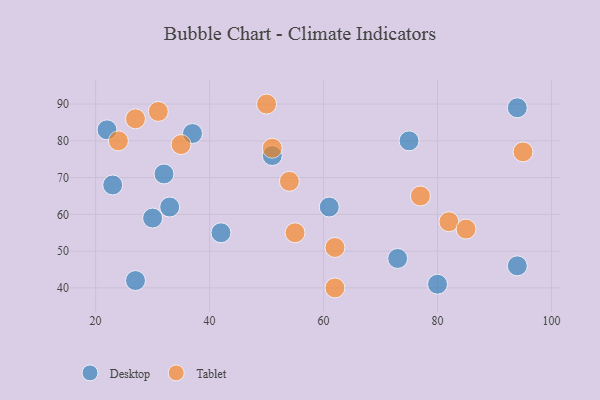
{"axis": {"x": "GDP", "y": "Life Expectancy"}, "legend": ["Desktop", "Tablet"], "data": [{"x": "80", "y": 41, "type": "Desktop"}, {"x": "94", "y": 89, "type": "Desktop"}, {"x": "30", "y": 59, "type": "Desktop"}, {"x": "22", "y": 83, "type": "Desktop"}, {"x": "61", "y": 62, "type": "Desktop"}, {"x": "94", "y": 46, "type": "Desktop"}, {"x": "33", "y": 62, "type": "Desktop"}, {"x": "37", "y": 82, "type": "Desktop"}, {"x": "73", "y": 48, "type": "Desktop"}, {"x": "42", "y": 55, "type": "Desktop"}, {"x": "75", "y": 80, "type": "Desktop"}, {"x": "27", "y": 42, "type": "Desktop"}, {"x": "32", "y": 71, "type": "Desktop"}, {"x": "51", "y": 76, "type": "Desktop"}, {"x": "23", "y": 68, "type": "Desktop"}, {"x": "95", "y": 77, "type": "Tablet"}, {"x": "54", "y": 69, "type": "Tablet"}, {"x": "77", "y": 65, "type": "Tablet"}, {"x": "62", "y": 51, "type": "Tablet"}, {"x": "27", "y": 86, "type": "Tablet"}, {"x": "24", "y": 80, "type": "Tablet"}, {"x": "55", "y": 55, "type": "Tablet"}, {"x": "50", "y": 90, "type": "Tablet"}, {"x": "62", "y": 40, "type": "Tablet"}, {"x": "35", "y": 79, "type": "Tablet"}, {"x": "82", "y": 58, "type": "Tablet"}, {"x": "51", "y": 78, "type": "Tablet"}, {"x": "85", "y": 56, "type": "Tablet"}, {"x": "31", "y": 88, "type": "Tablet"}]}